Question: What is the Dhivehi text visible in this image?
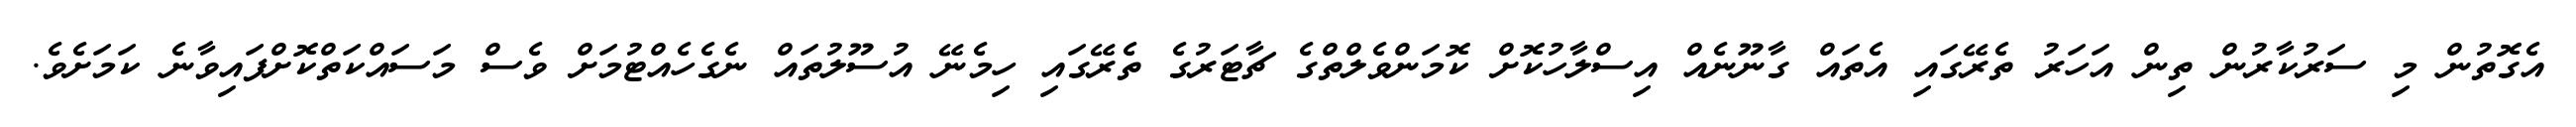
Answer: އެގޮތުން މި ސަރުކާރުން ތިން އަހަރު ތެރޭގައި އެތައް ގާނޫނެއް އިސްލާހުކޮށް ކޮމަންވެލްތްގެ ޗާޓަރުގެ ތެރޭގައި ހިމެނޭ އުސޫލުތައް ނެގެހެއްޓުމަށް ވެސް މަސައްކަތްކޮށްފައިވާނެ ކަމަށެވެ.